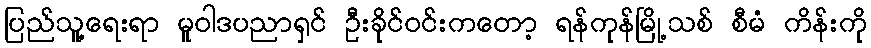
ပြည်သူ့ရေးရာ မူဝါဒပညာရှင် ဦးခိုင်ဝင်းကတော့ ရန်ကုန်မြို့သစ် စီမံ ကိန်းကို